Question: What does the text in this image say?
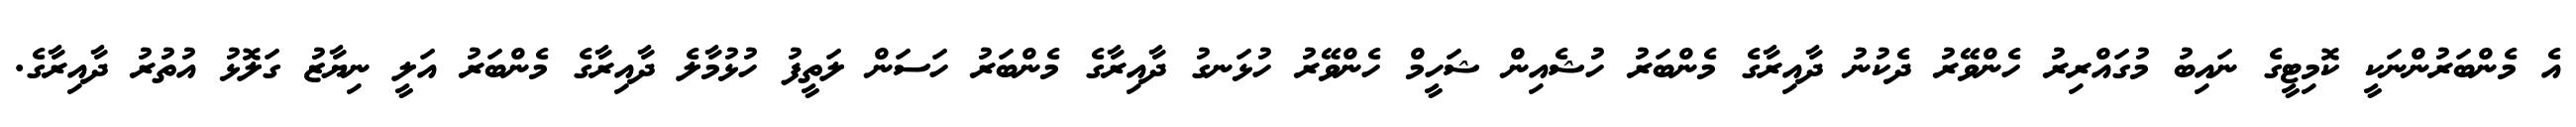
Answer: އެ މެންބަރުންނަކީ ކޮމިޓީގެ ނައިބު މުގައްރިރު ހެންވޭރު ދެކުނު ދާއިރާގެ މެންބަރު ހުޝެއިން ޝަހީމް ހެންވޭރު ހުޅަނގު ދާއިރާގެ މެންބަރު ހަސަން ލަތީފު ހުޅުމާލެ ދާއިރާގެ މެންބަރު އަލީ ނިޔާޒު ގަލޮޅު އުތުރު ދާއިރާގެ.